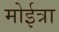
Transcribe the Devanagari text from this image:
मोईत्रा